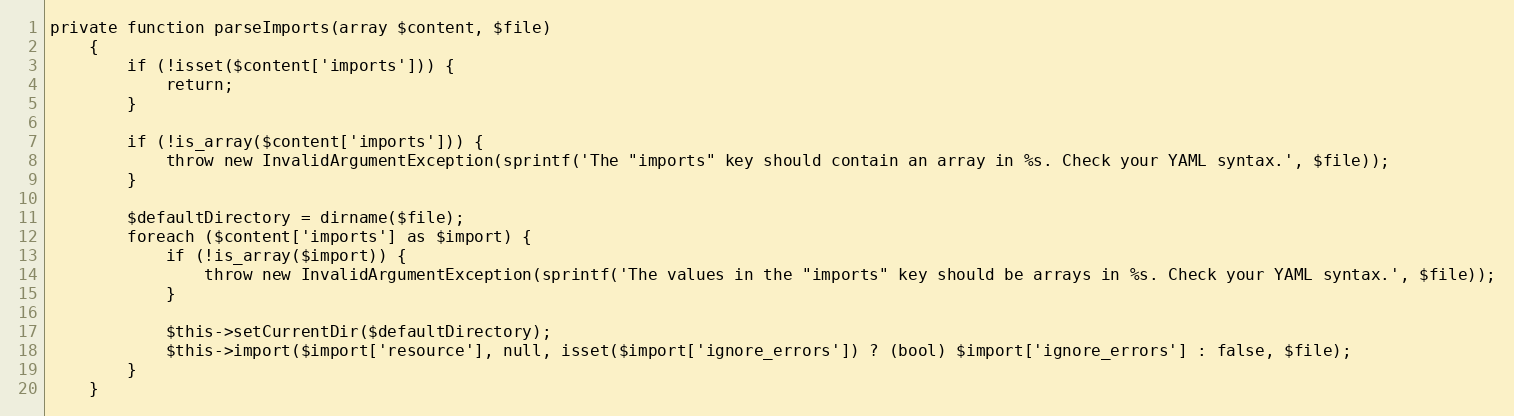
Language: PHP
private function parseImports(array $content, $file)
    {
        if (!isset($content['imports'])) {
            return;
        }

        if (!is_array($content['imports'])) {
            throw new InvalidArgumentException(sprintf('The "imports" key should contain an array in %s. Check your YAML syntax.', $file));
        }

        $defaultDirectory = dirname($file);
        foreach ($content['imports'] as $import) {
            if (!is_array($import)) {
                throw new InvalidArgumentException(sprintf('The values in the "imports" key should be arrays in %s. Check your YAML syntax.', $file));
            }

            $this->setCurrentDir($defaultDirectory);
            $this->import($import['resource'], null, isset($import['ignore_errors']) ? (bool) $import['ignore_errors'] : false, $file);
        }
    }